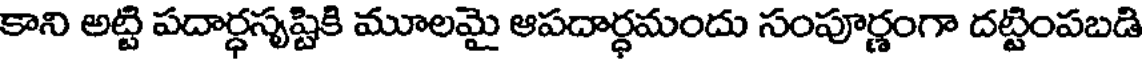
కాని అట్టి పదార్ధసృష్టికి మూలమై ఆపదార్ధమందు సంపూర్ణంగా దట్టింపబడి